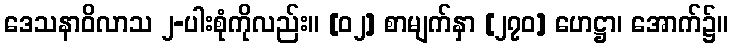
ဒေသနာဝိလာသ ၂-ပါးစုံကိုလည်း။ [၀၂] စာမျက်နှာ [၂၇၀] ဟေဋ္ဌာ၊ အောက်၌။